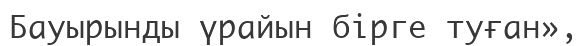
Бауырынды үрайын бірге туған»,